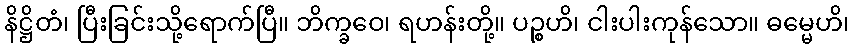
နိဋ္ဌိတံ၊ ပြီးခြင်းသို့ရောက်ပြီ။ ဘိက္ခဝေ၊ ရဟန်းတို့။ ပဉ္စဟိ၊ ငါးပါးကုန်သော။ ဓမ္မေဟိ၊